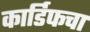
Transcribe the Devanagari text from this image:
कार्डिफचा